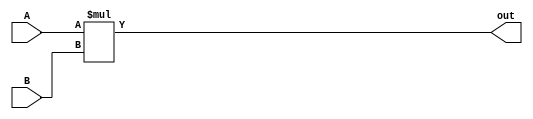
`timescale 1ns / 1ps
//////////////////////////////////////////////////////////////////////////////////
// Company: 
// Engineer: 
// 
// Design Name: 
// Module Name: alu_multiplier
// Project Name: 
// Target Devices: 
// Tool Versions: 
// Description: 
// 
// Dependencies: 
// 
// Revision:
// Revision 0.01 - File Created
// Additional Comments:
// 
//////////////////////////////////////////////////////////////////////////////////


module alu_multiplier(
    input[3:0] A,
    input[3:0] B,
    output[7:0] out
    );
    assign out = A*B;
endmodule